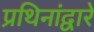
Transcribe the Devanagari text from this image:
प्रथिनांद्वारे